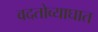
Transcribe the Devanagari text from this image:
वदतोव्याघात